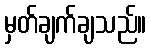
မှတ်ချက်ချသည်။